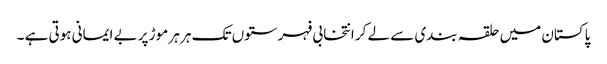
پاکستان میں حلقہ بندی سے لے کر انتخابی فہرستوں تک ہر ہر موڑ پر بے ایمانی ہوتی ہے ۔